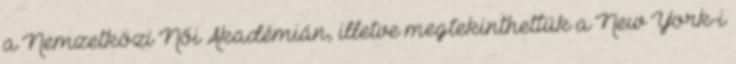
a Nemzetközi Női Akadémián, illetve megtekinthettük a New York-i